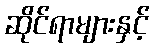
ဆိုင်ရာများနှင့်